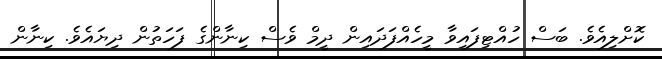
ކޮށްލިއެވެ. ބަސް ހުއްޓިފައިވާ މީހެއްފަދައިން ދީމް ވެސް ކިނާންގެ ފަހަތުން ދިޔައެވެ. ކިނާން